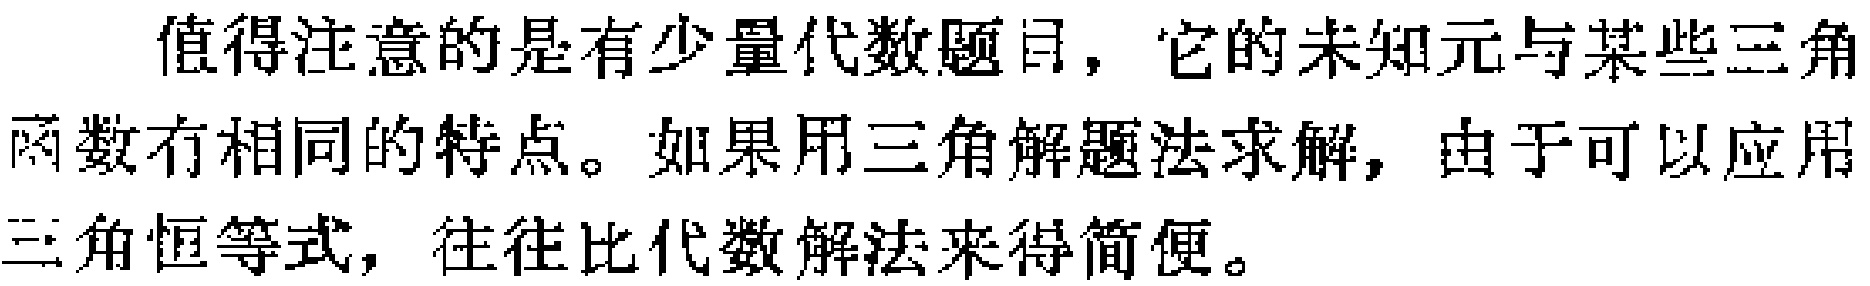
值得注意的是有少量代数题目，它的未知元与某些三角函数有相同的特点。如果用三角解题法求解，由于可以应用三角恒等式，往往比代数解法来得简便。